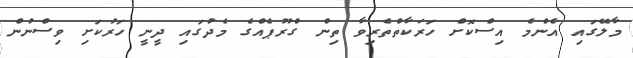
މާލޭގައި އެންމެ އިސްކޮށް ހަރަކާތްތެރިވާ ތިން ގްރޫޕެއްގެ މެދުގައި ދީނީ ހަރުކަށި ވިސްނުން